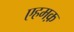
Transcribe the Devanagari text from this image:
एहमक़